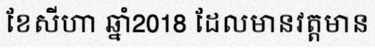
ខែសីហា ឆ្នាំ2018 ដែលមានវត្តមាន